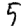
Digit: 5